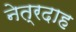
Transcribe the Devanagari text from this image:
नेत्रदाह